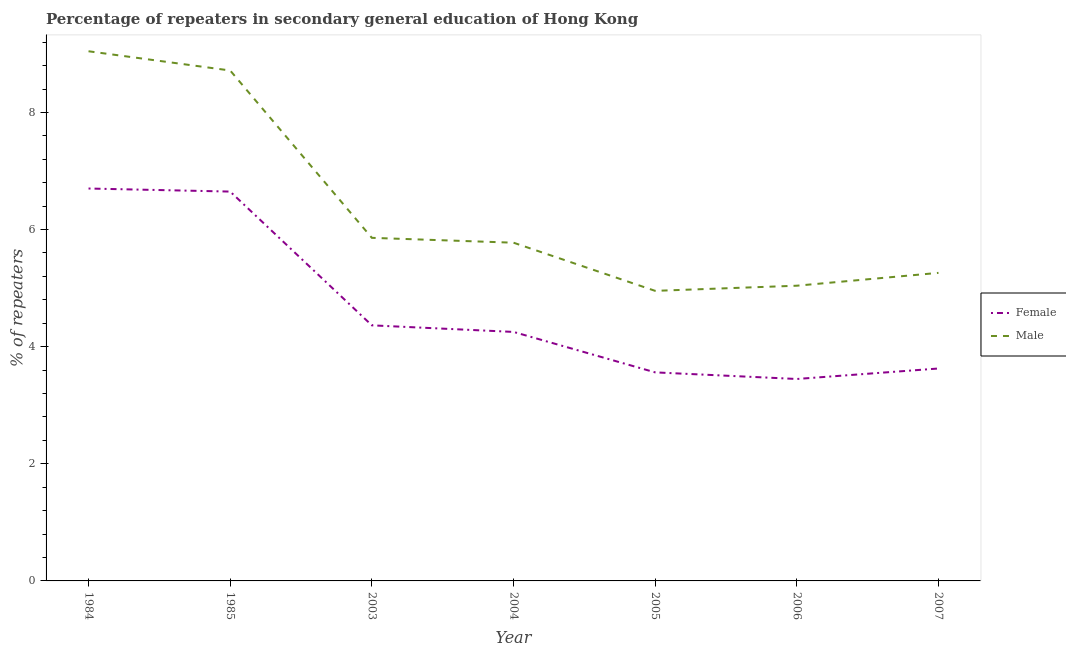
| Year | Female | Male |
 | --- | --- | --- |
 | 1984 | 6.7 | 9.04 |
 | 1985 | 6.65 | 8.72 |
 | 2003 | 4.36 | 5.86 |
 | 2004 | 4.25 | 5.78 |
 | 2005 | 3.56 | 4.95 |
 | 2006 | 3.45 | 5.04 |
 | 2007 | 3.63 | 5.26 |